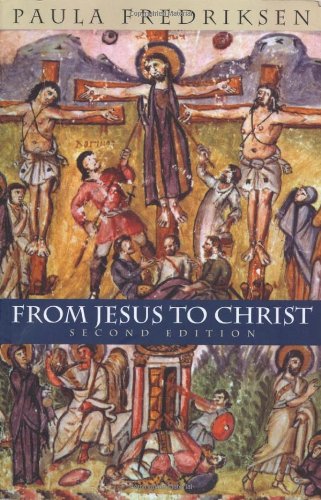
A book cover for From Jesus to Christ: The Origins of the New Testament Images of Christ, Second Edition; Paula Fredriksen; Christian Books & Bibles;